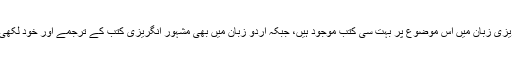
اس کے علاوہ مارکیٹ میں انگریزی زبان میں اس موضوع پر بہت سی کتب موجود ہیں، جبکہ اردو زبان میں بھی مشہور انگریزی کتب کے ترجمے اور خود لکھی ہوئی کتب بھی عام دستیاب ہیں۔